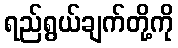
ရည်ရွယ်ချက်တို့ကို